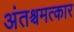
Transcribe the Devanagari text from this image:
अंतश्चमत्कार